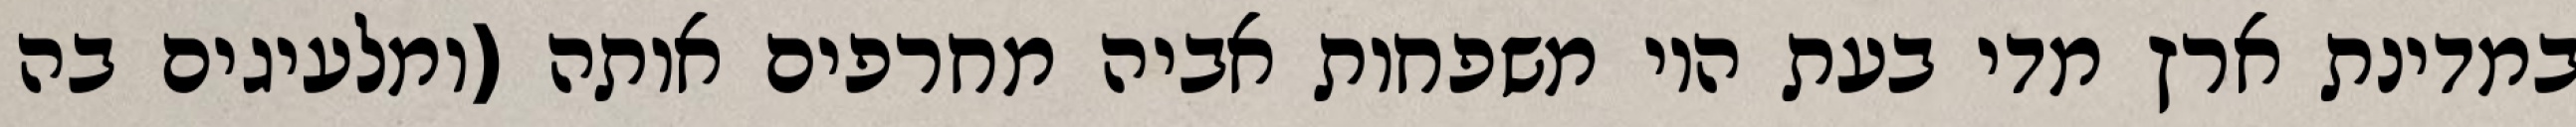
במדינת ארץ מדי בעת היו משפחות אביה מחרפים אותה (ומלעיגים בה